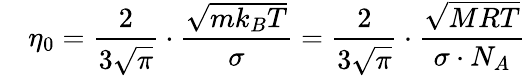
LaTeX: \quad\eta_{0}={\frac{2}{3{\sqrt{\pi}}}}\cdot{\frac{\sqrt{mk_{B}T}}{\sigma}}={\frac{2}{3{\sqrt{\pi}}}}\cdot{\frac{\sqrt{MRT}}{\sigma\cdot N_{A}}}